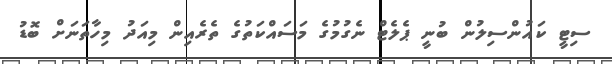
ސިޓީ ކައުންސިލުން ބުނީ ޕެލެޓް ނެގުމުގެ މަސައްކަތުގެ ތެެރެއިން މިއަދު މިހާތަނަށް ބޮޑު